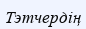
Тэтчердің